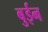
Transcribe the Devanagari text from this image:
बुईन